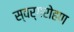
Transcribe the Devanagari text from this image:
स्वर्गरोहण